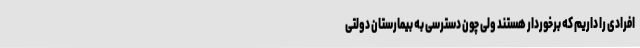
افرادی را داریم که برخوردار هستند ولی چون دسترسی به بیمارستان دولتی